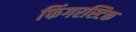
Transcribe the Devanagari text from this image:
फिंगरस्टिक